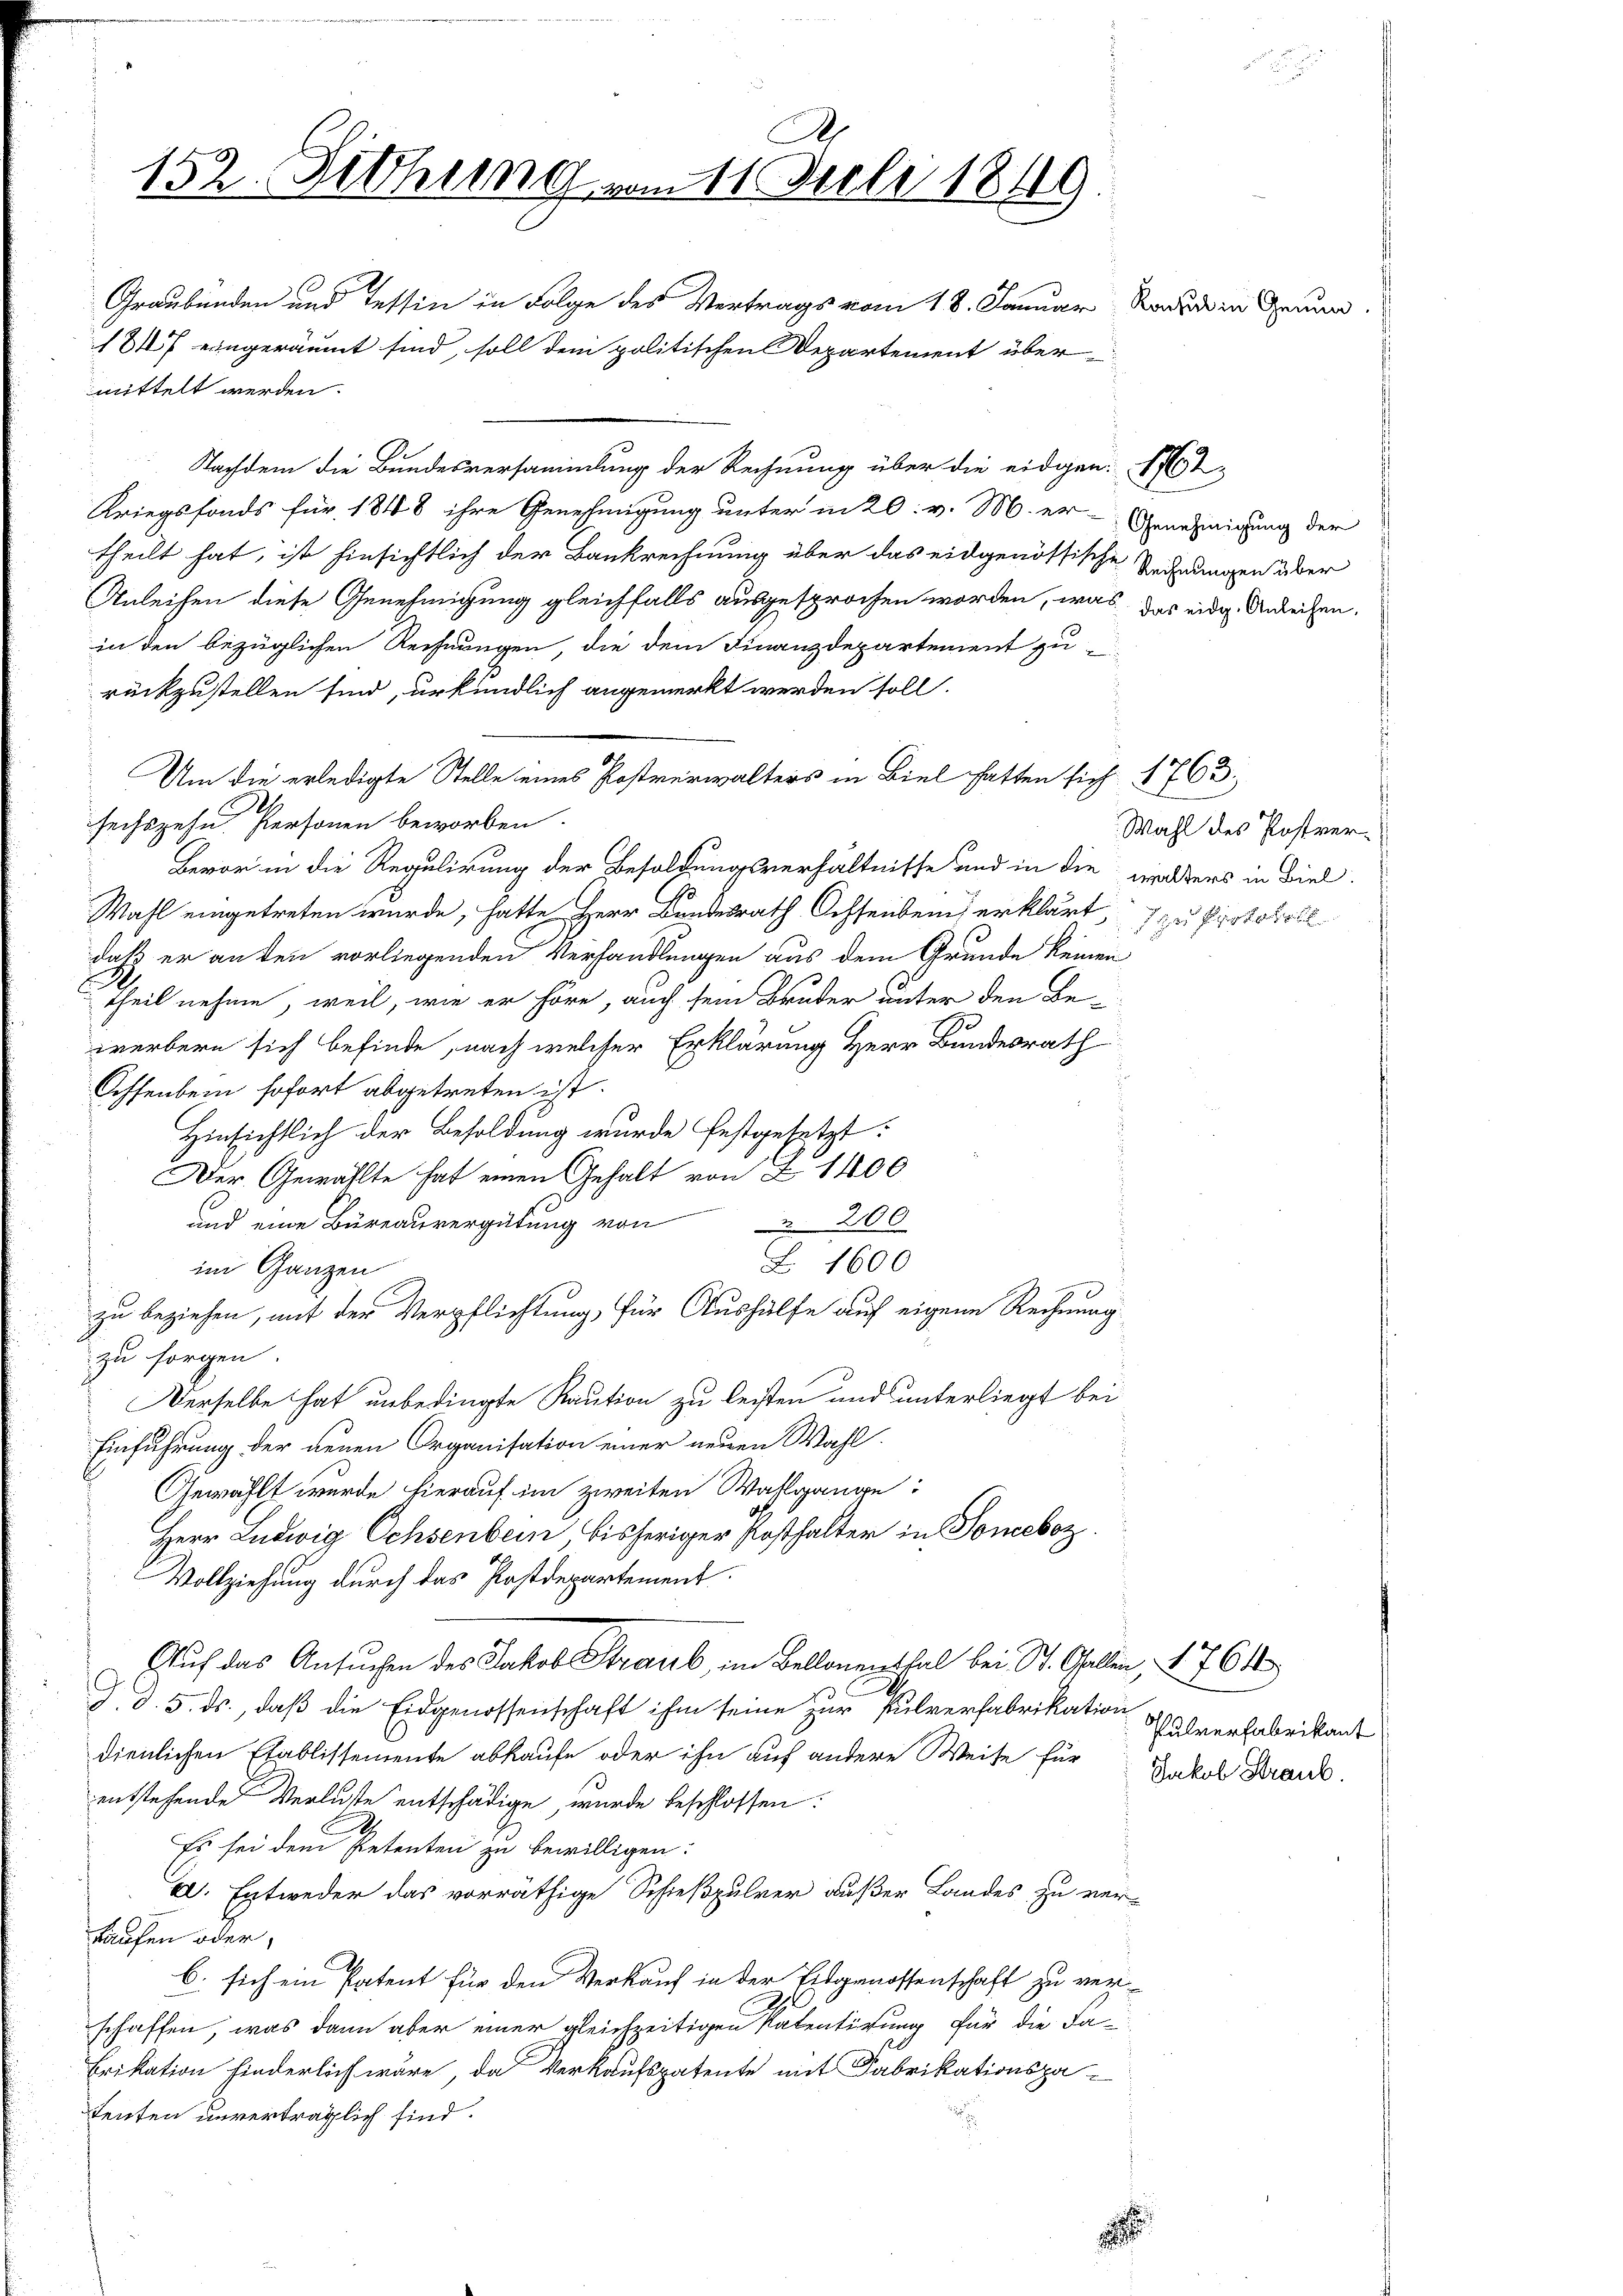
.
152. Fethung vom 11. Juli 1849
Graubünden und Tessin in Folge des Vertrags vom 18. Januar Rache in Grun
1847 eingeräumt sind, soll dem politischen Departement über

mittelt werden.
Nachdem die Bundesversammlung der Rechnung über die eidgen. Et
Kriegsfonds für 1848 ihre Genehmigung unter in 20. v. M. er- Genehmigung der
theilt hat, ist hinsichtlich der Bankrechnung über das eidgenössische Rechnungen über
Anleihen diese Genehmigung gleichfalls ausgesprochen worden, was das eidg. Anleihen.
in den bezüglichen Rechnungen, die dem Finanzdepartement zu-
rückzustellen sind, urkundlich angemerkt werden soll.
Um die erledigte Stelle eines Postverwalters in Biel hatten sich 1763.
sechszehn Personen beworben.
Bevor in die Regulirung der Besoldungsverhältnisse und in die wilders in Biel¬
Wahl eingetreten wurde, hatte Herr Bundesrath Ochsenbei erklärt, zu Protokoll
daß er an den vorliegenden Verhandlungen aus dem Grunde keinen
theil nehme, weil, wie er höre, auch sein Bruder unter den Be-
werbern sich befinde, nach welcher Erklärung Herr Bundesrath
Ochsenbein sofort abgetreten ist.
Hinsichtlich der Besoldung wurde festgesetzt:
Der Gewählte hat einen Gehalt von Z 1400
und eine Bureauvergütung von 200
Z. 1600
im Ganzen
zu beziehen, mit der Verpflichtung, für Aushülfe auf eigene Rechnung
zu sorgen.
Derselbe hat unbedingte Kaution zu leisten und unterliegt bei
Einführung der neuen Organisation einer neuen Wahl
Gewählt wurde hierauf im zweiten Wahlgange
Herr Ludwig Ochsenbern, bisheriger Posthalter in Soneboz
Vollziehung durch das Postdepartement
Auf das Ansuchen des Jakob Straub, im Bellonenthal bei St. Gallen, 1761
J.d. 5. ds., daß die Eidgenossenschaft ihm seine zur Pulverfabrikation
Pulverfabrikant
dienlichen Etablissemente abkaufe oder ihn auf andere Weise für Jakob Kranke
entstehende Verluste entschädige, wurde beschlossen:
Es sei dem Petenten zu bewilligen:
el. Entweder das vorräthige Schießpulver außer Landes zu ver-
kaufen oder,
b. sich ein Patent für den Verkauf in der Eidgenossenschaft zu verschaffen, was dann aber einer gleichzeitigen Ratentirung für die Fa¬
Erikation hinderlich wäre, das Verkaufspatente mit Fabrikationspatenten unverträglich sind.

Wahl des Postver¬